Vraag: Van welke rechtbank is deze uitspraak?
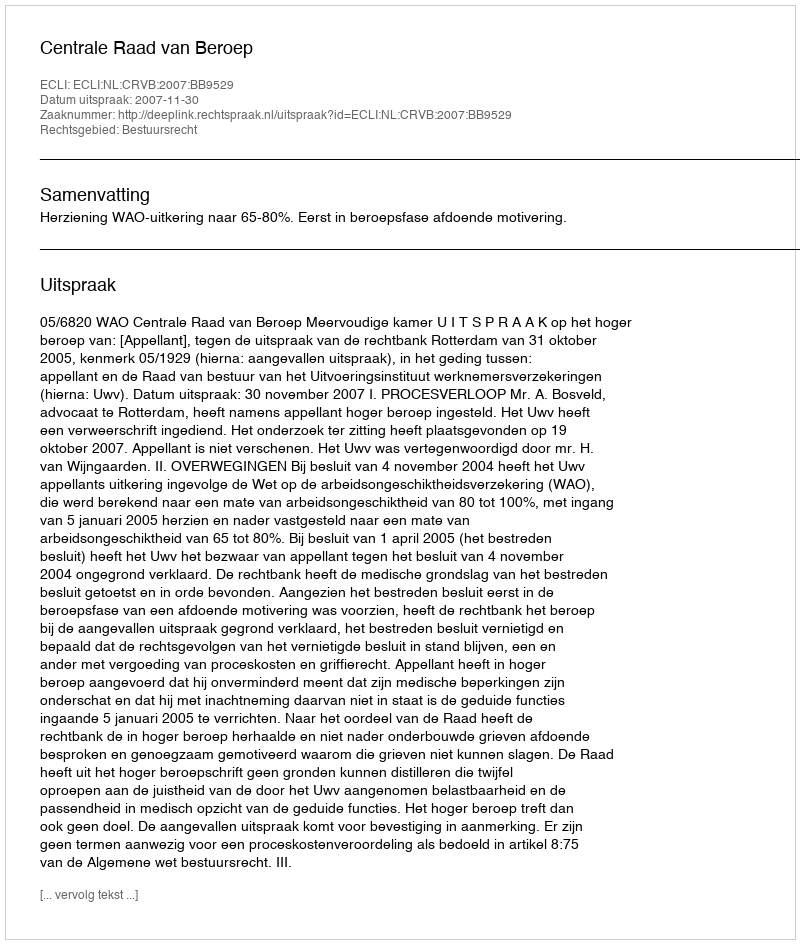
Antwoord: Centrale Raad van Beroep